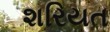
શરિયત